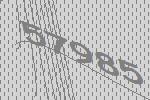
57985